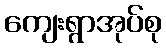
ကျေးရွာအုပ်စု